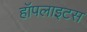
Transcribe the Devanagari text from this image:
हॉपलाइटस